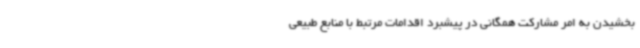
بخشیدن به امر مشارکت همگانی در پیشبرد اقدامات مرتبط با منابع طبیعی